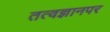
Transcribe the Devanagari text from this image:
तत्वज्ञानपर